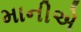
માનીએ